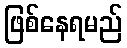
ဖြစ်နေရမည်